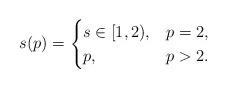
LaTeX: \begin{align*}s(p)=\begin{cases}s\in[1,2), &p=2,\\p, &p>2.\end{cases}\end{align*}